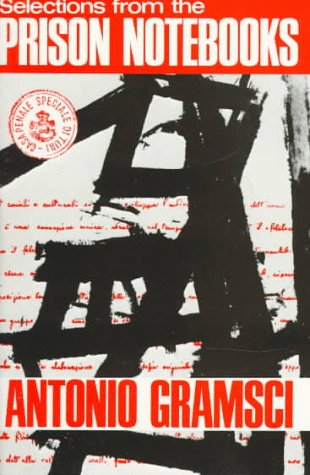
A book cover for Selections from the Prison Notebooks; Antonio Gramsci; History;